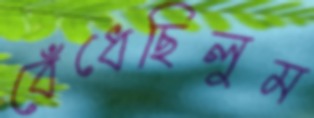
বেঁধেছিলুম